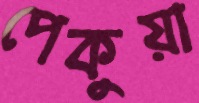
পেকুয়া